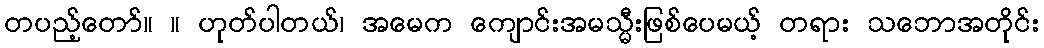
တပည့်တော်။ ။ ဟုတ်ပါတယ်၊ အမေက ကျောင်းအမသ္မီးဖြစ်ပေမယ့် တရား သဘောအတိုင်း